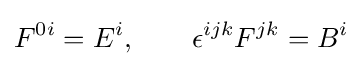
F^{0i}=E^{i},\qquad \epsilon ^{ijk}F^{jk}=B^{i}